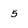
Character: 5